Report of the Imperial Institute of Veterinary Research, Muktesar
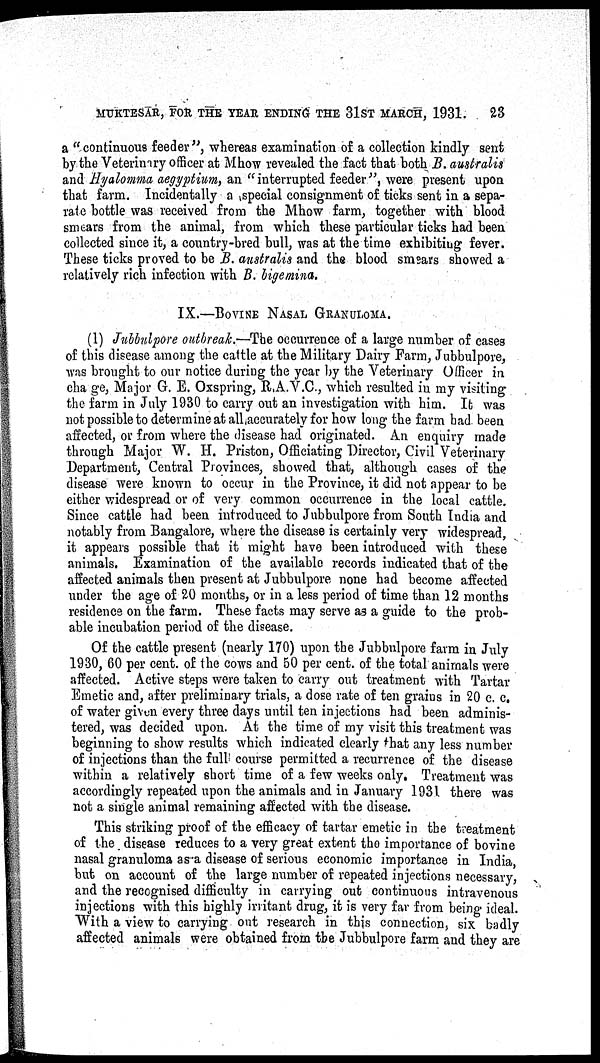
MUKTESAR, FOR THE YEAR ENDING THE 31ST MARCH, 1931.
23
a "continuous feeder", whereas examination of a collection kindly sent
by the Veterinary officer at Mhow revealed the fact that both B. australis
and Hyalomma aegyptium, an "interrupted feeder", were present upon
that farm. Incidentally a special consignment of ticks sent in a sepa-
rate bottle was received from the Mhow farm, together with blood
smears from the animal, from which these particular ticks had been
collected since it, a country-bred bull, was at the time exhibiting fever.
These ticks proved to be B. australis and the blood smears showed a
relatively rich infection with B. bigemina.
IX.—BOVINE NASAL GRANULOMA.
(1) Jubbulpore outbreak.—The occurrence of a large number of cases
of this disease among the cattle at the Military Dairy Farm, Jubbulpore,
was brought to our notice during the year by the Veterinary Officer in
change, Major G. E. Oxspring, R.A.V.C., which resulted in my visiting
the farm in July 1930 to carry out an investigation with him. It was
not possible to determine at all accurately for how long the farm had been
affected, or from where the disease had originated. An enquiry made
through Major W. H. Priston, Officiating Director, Civil Veterinary
Department, Central Provinces, showed that, although cases of the
disease were known to occur in the Province, it did not appear to be
either widespread or of very common occurrence in the local cattle.
Since cattle had been introduced to Jubbulpore from South India and
notably from Bangalore, where the disease is certainly very widespread,
it appears possible that it might have been introduced with these
animals. Examination of the available records indicated that of the
affected animals then present at Jubbulpore none had become affected
under the age of 20 months, or in a less period of time than 12 months
residence on the farm. These facts may serve as a guide to the prob-
able incubation period of the disease.
Of the cattle present (nearly 170) upon the Jubbulpore farm in July
1930, 60 per cent. of the cows and 50 per cent. of the total animals were
affected. Active steps were taken to carry out treatment with Tartar
Emetic and, after preliminary trials, a dose rate of ten grains in 20 c. c.
of water given every three days until ten injections had been adminis-
tered, was decided upon. At the time of my visit this treatment was
beginning to show results which indicated clearly that any less number
of injections than the full course permitted a recurrence of the disease
within a relatively short time of a few weeks only. Treatment was
accordingly repeated upon the animals and in January 1931. there was
not a single animal remaining affected with the disease.
This striking proof of the efficacy of tartar emetic in the treatment
of the disease reduces to a very great extent the importance of bovine
nasal granuloma as a disease of serious economic importance in India,
but on account of the large number of repeated injections necessary,
and the recognised difficulty in carrying out continuous intravenous
injections with this highly irritant drug, it is very far from being ideal.
With a view to carrying out research in this connection, six badly
affected animals were obtained from the Jubbulpore farm and they are